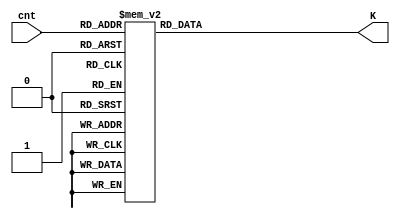
module K_ROM(cnt, K);
    input [5:0] cnt;
    output reg [31:0] K;

    always @(*)
        case(cnt)
            6'd0: K = 32'hd76aa478;
            6'd1: K = 32'he8c7b756;
            6'd2: K = 32'h242070db;
            6'd3: K = 32'hc1bdceee;
            6'd4: K = 32'hf57c0faf;
            6'd5: K = 32'h4787c62a;
            6'd6: K = 32'ha8304613;
            6'd7: K = 32'hfd469501;
            6'd8: K = 32'h698098d8;
            6'd9: K = 32'h8b44f7af;
            6'd10: K = 32'hffff5bb1;
            6'd11: K = 32'h895cd7be;
            6'd12: K = 32'h6b901122;
            6'd13: K = 32'hfd987193;
            6'd14: K = 32'ha679438e;
            6'd15: K = 32'h49b40821;
            6'd16: K = 32'hf61e2562;
            6'd17: K = 32'hc040b340;
            6'd18: K = 32'h265e5a51;
            6'd19: K = 32'he9b6c7aa;
            6'd20: K = 32'hd62f105d;
            6'd21: K = 32'h02441453;
            6'd22: K = 32'hd8a1e681;
            6'd23: K = 32'he7d3fbc8;
            6'd24: K = 32'h21e1cde6;
            6'd25: K = 32'hc33707d6;
            6'd26: K = 32'hf4d50d87;
            6'd27: K = 32'h455a14ed;
            6'd28: K = 32'ha9e3e905;
            6'd29: K = 32'hfcefa3f8;
            6'd30: K = 32'h676f02d9;
            6'd31: K = 32'h8d2a4c8a;
            6'd32: K = 32'hfffa3942;
            6'd33: K = 32'h8771f681;
            6'd34: K = 32'h6d9d6122;
            6'd35: K = 32'hfde5380c;
            6'd36: K = 32'ha4beea44;
            6'd37: K = 32'h4bdecfa9;
            6'd38: K = 32'hf6bb4b60;
            6'd39: K = 32'hbebfbc70;
            6'd40: K = 32'h289b7ec6;
            6'd41: K = 32'heaa127fa;
            6'd42: K = 32'hd4ef3085;
            6'd43: K = 32'h04881d05;
            6'd44: K = 32'hd9d4d039;
            6'd45: K = 32'he6db99e5;
            6'd46: K = 32'h1fa27cf8;
            6'd47: K = 32'hc4ac5665;
            6'd48: K = 32'hf4292244;
            6'd49: K = 32'h432aff97;
            6'd50: K = 32'hab9423a7;
            6'd51: K = 32'hfc93a039;
            6'd52: K = 32'h655b59c3;
            6'd53: K = 32'h8f0ccc92;
            6'd54: K = 32'hffeff47d;
            6'd55: K = 32'h85845dd1;
            6'd56: K = 32'h6fa87e4f;
            6'd57: K = 32'hfe2ce6e0;
            6'd58: K = 32'ha3014314;
            6'd59: K = 32'h4e0811a1;
            6'd60: K = 32'hf7537e82;
            6'd61: K = 32'hbd3af235;
            6'd62: K = 32'h2ad7d2bb;
            6'd63: K = 32'heb86d391;
        endcase
endmodule